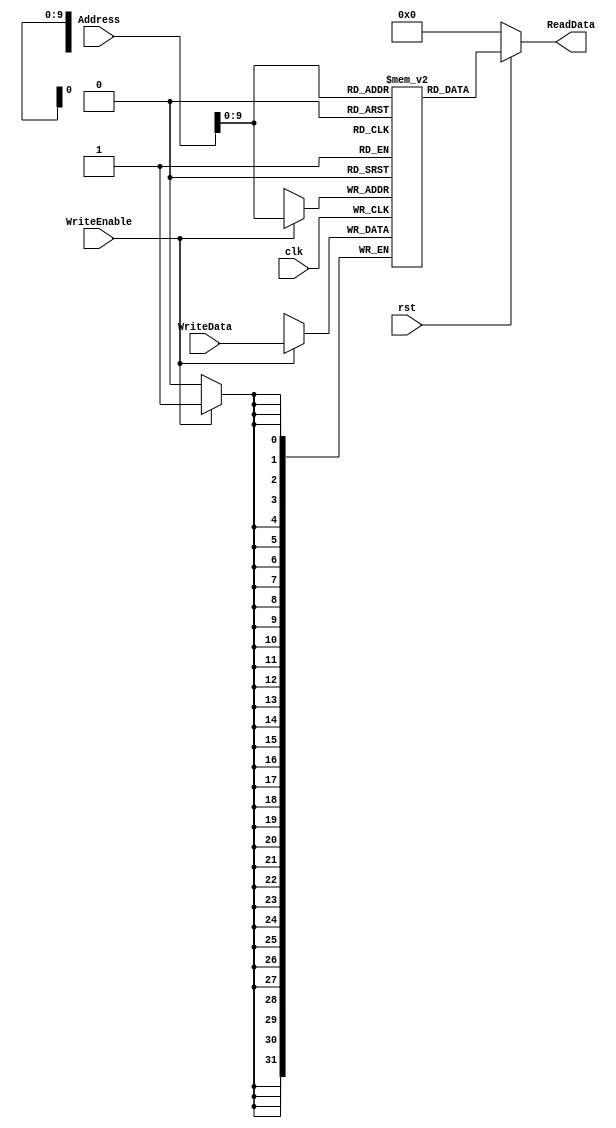
`timescale 1ns / 1ps

module MemoryModule(
    input clk, rst, WriteEnable,
    input [31:0] Address, WriteData,
    output [31:0] ReadData
    );
    
    reg [31:0] mem [1023:0];
    
    always@(posedge clk) 
    begin 
        if(WriteEnable) 
            mem[Address] <= WriteData;
    end 
    
    assign ReadData = (rst == 1'b0) ? 32'd0 : mem[Address]; 
    
    initial begin 
        mem[0] = 32'h00000000;
    end
     
endmodule